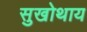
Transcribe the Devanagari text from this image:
सुखोथाय